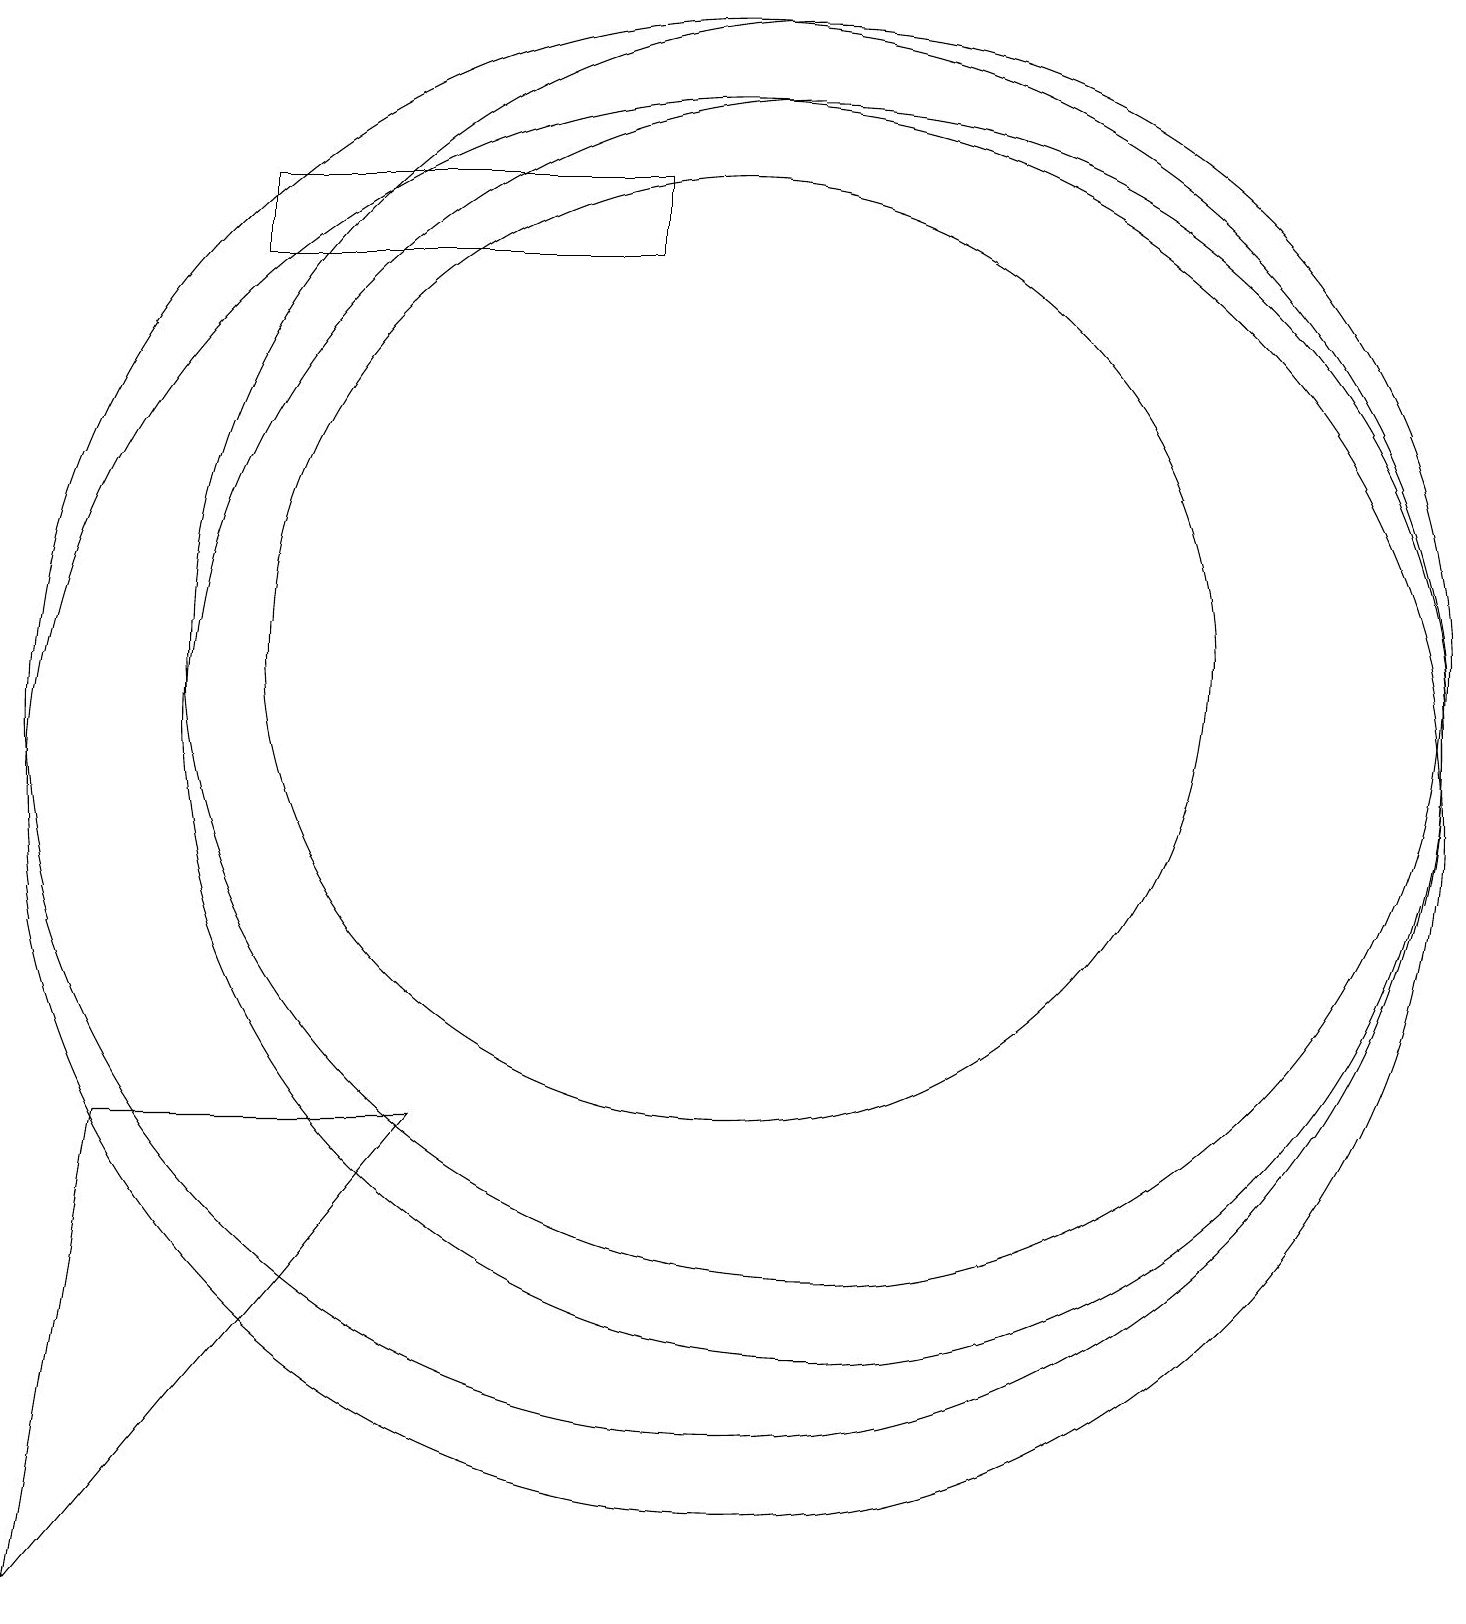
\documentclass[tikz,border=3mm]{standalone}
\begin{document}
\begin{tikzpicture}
\draw (9,17) rectangle (4,18);
\draw (11,12) circle (8);
\draw (11,11) circle (8);
\draw (10,10) circle (9);
\draw (10,12) circle (6);
\draw (2,6) -- (6,6) -- (1,0) -- cycle;
\draw (10,11) circle (9);
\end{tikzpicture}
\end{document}